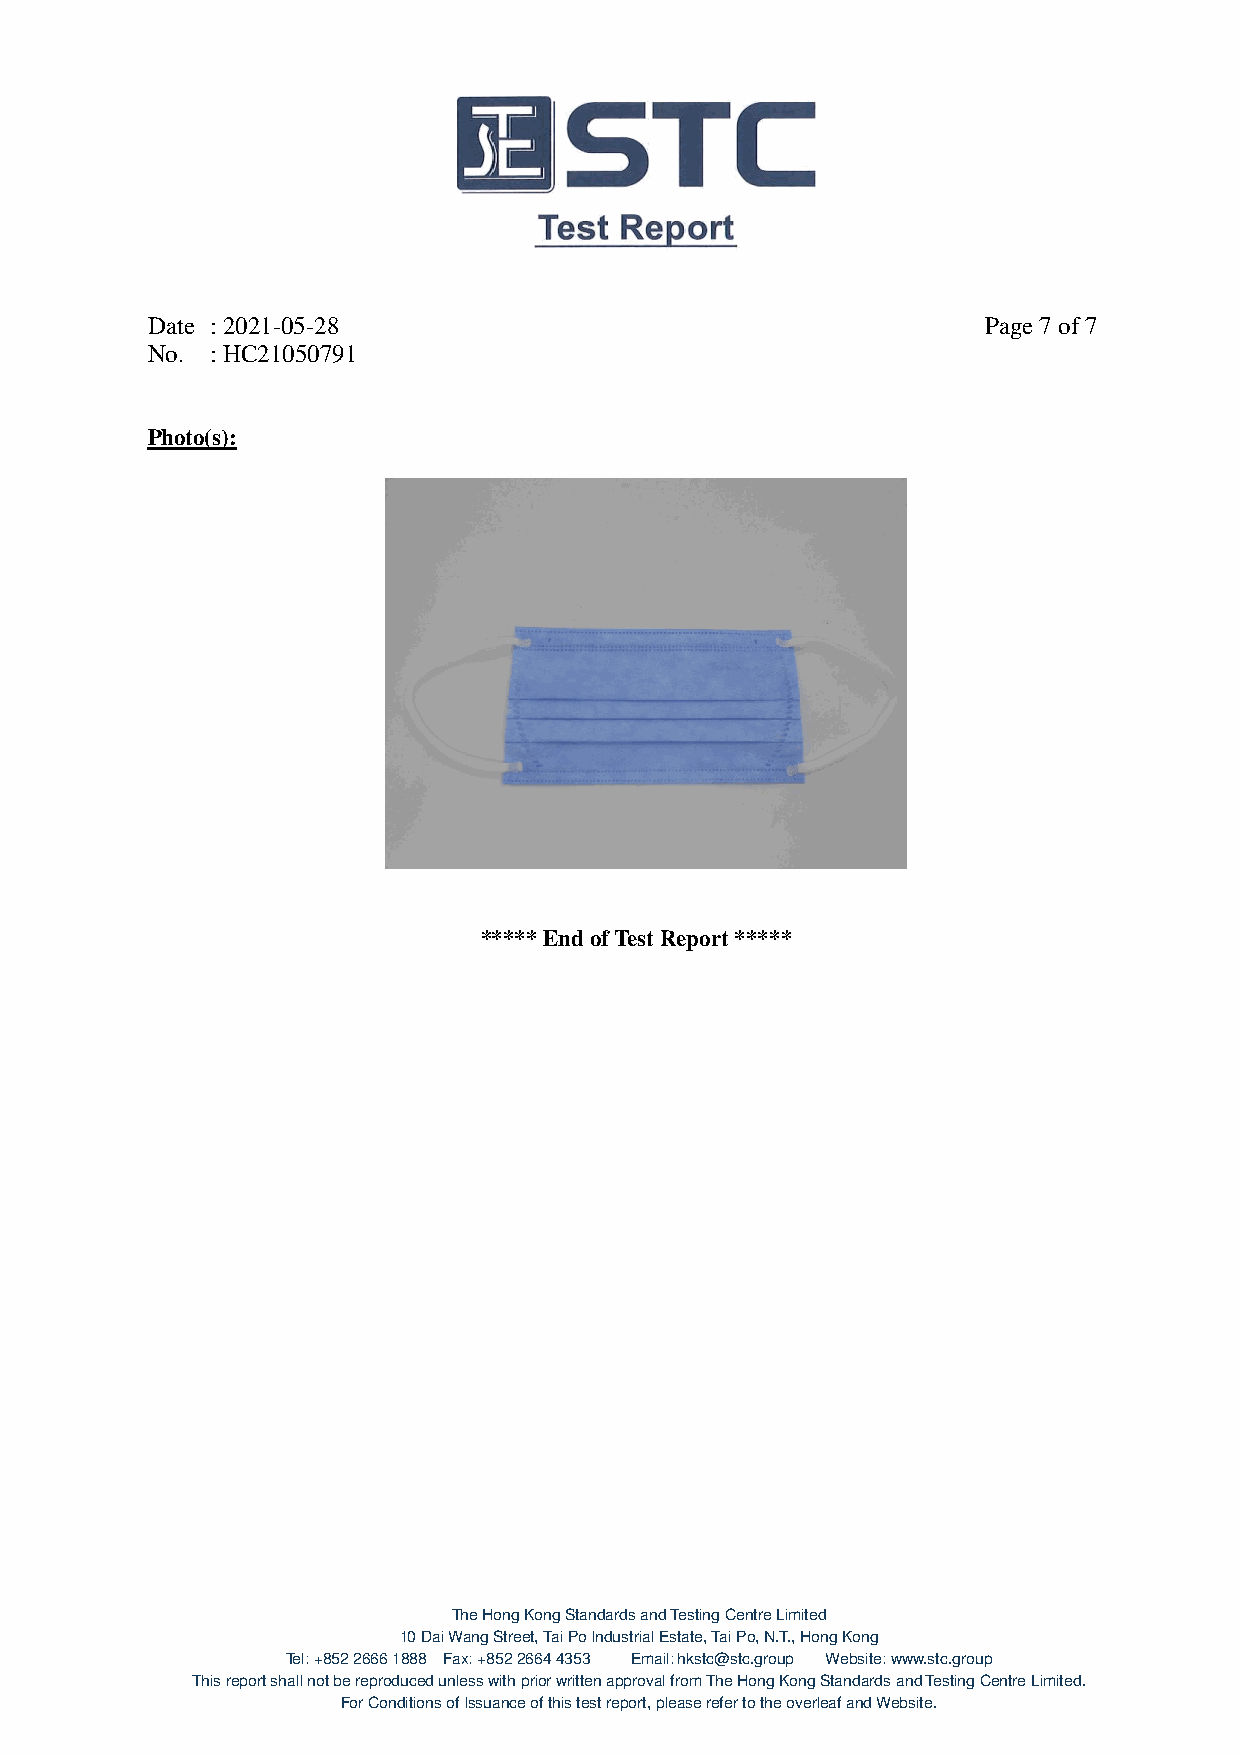
Date : 2021-05-28                                      Page 7 of 7
 No. : HC21050791
 Photo(s):
 ***** End of Test Report *****
 The Hong Kong Standards and Testing Centre Limited
 10 Dai Wang Street, Tai Po Industrial Estate, Tai Po, N.T., Hong Kong
 Tel: +852 2666 1888 Fax: +852 2664 4353 Email: hkstc@stc.group Website: www.stc.group
 This report shall not be reproduced unless with prior written approval from The Hong Kong Standards and Testing Centre Limited.
 For Conditions of Issuance of this test report, please refer to the overleaf and Website.